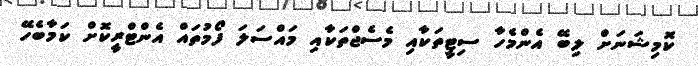
ކޮމިޝަނަށް ލިބޭ އެންމެހާ ސިޓީތަކާއި މެސެޖްތަކާއި މައްސަލަ ފޯމުތައް އެންޓްރީކޮށް ކަމާބެހޭ